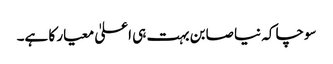
سوچا کہ نیا صابن بہت ہی اعلیٰ معیار کا ہے۔